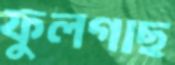
ফুলগাছ